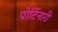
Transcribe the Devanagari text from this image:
पोर्टिनारी